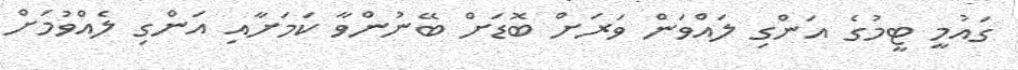
ގައުމީ ޓީމުގެ އަންގި ލައްވަން ވަރަށް ބޮޑަށް ބޭނުންވާ ކަމަށާއި އަންގި ލެއްވުމަށް